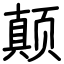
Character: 颠